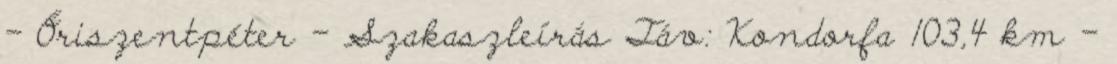
- Őriszentpéter - Szakaszleírás Táv: Kondorfa 103,4 km -